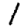
Digit: 1